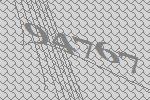
94767